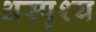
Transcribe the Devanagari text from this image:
अस्‍पृश्य